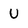
Character: U